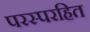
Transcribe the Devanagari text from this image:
परस्परहित